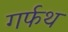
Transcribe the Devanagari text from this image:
गर्फथ